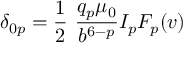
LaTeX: \delta _ { 0 p } = { \frac { 1 } { 2 } } ~ { \frac { q _ { p } \mu _ { 0 } } { b ^ { 6 - p } } } I _ { p } F _ { p } ( v )